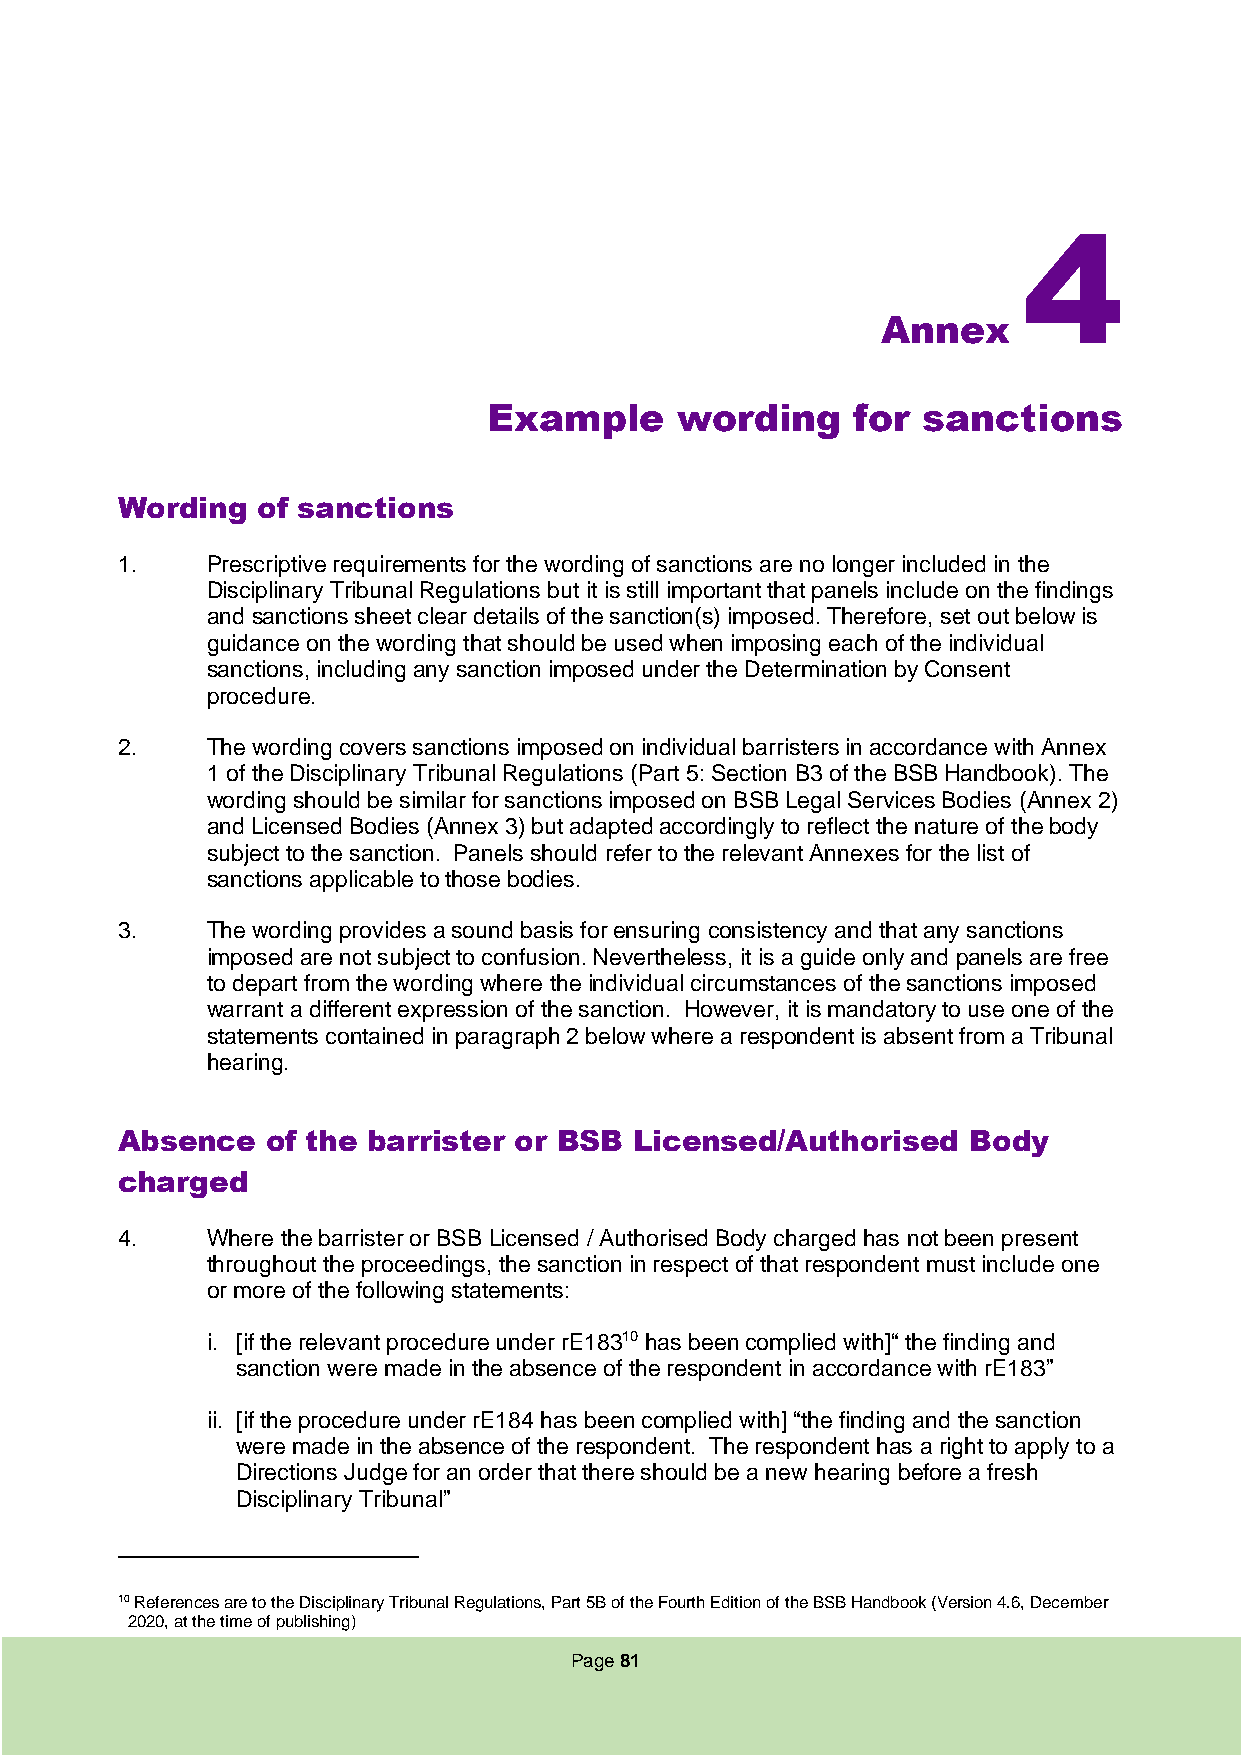
4
 Annex
 Example      wording     for sanctions
 Wording  of sanctions
 1.    Prescriptive requirements for the wording of sanctions are no longer included in the
 Disciplinary Tribunal Regulations but it is still important that panels include on the findings
 and sanctions sheet clear details of the sanction(s) imposed. Therefore, set out below is
 guidance on the wording that should be used when imposing each of the individual
 sanctions, including any sanction imposed under the Determination by Consent
 procedure.
 2.    The wording covers sanctions imposed on individual barristers in accordance with Annex
 1 of the Disciplinary Tribunal Regulations (Part 5: Section B3 of the BSB Handbook). The
 wording should be similar for sanctions imposed on BSB Legal Services Bodies (Annex 2)
 and Licensed Bodies (Annex 3) but adapted accordingly to reflect the nature of the body
 subject to the sanction. Panels should refer to the relevant Annexes for the list of
 sanctions applicable to those bodies.
 3.    The wording provides a sound basis for ensuring consistency and that any sanctions
 imposed are not subject to confusion. Nevertheless, it is a guide only and panels are free
 to depart from the wording where the individual circumstances of the sanctions imposed
 warrant a different expression of the sanction. However, it is mandatory to use one of the
 statements contained in paragraph 2 below where a respondent is absent from a Tribunal
 hearing.
 Absence   of the barrister or BSB Licensed/Authorised   Body
 charged
 4.    Where the barrister or BSB Licensed / Authorised Body charged has not been present
 throughout the proceedings, the sanction in respect of that respondent must include one
 or more of the following statements:
 i. [if the relevant procedure under rE18310 has been complied with]“ the finding and
 sanction were made in the absence of the respondent in accordance with rE183”
 ii. [if the procedure under rE184 has been complied with] “the finding and the sanction
 were made in the absence of the respondent. The respondent has a right to apply to a
 Directions Judge for an order that there should be a new hearing before a fresh
 Disciplinary Tribunal”
 10 References are to the Disciplinary Tribunal Regulations, Part 5B of the Fourth Edition of the BSB Handbook (Version 4.6, December
 2020, at the time of publishing)
 Page 81